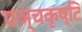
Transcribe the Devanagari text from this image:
पञ्चकृष्टि